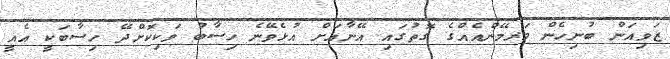
ޒަވިއަން ބުނިހެން މަރމޭންއެއްގެ ގޮތުގައި އޭނާއަށް އުޅެވޭނެ ހިސާބު ވަކިކޮށްދޭ ހިސާބަކީ އެއީ